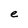
Character: e